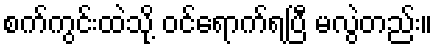
စက်ကွင်းထဲသို့ ဝင်ရောက်ရပြီ မလွဲတည်း။